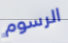
الرسوم